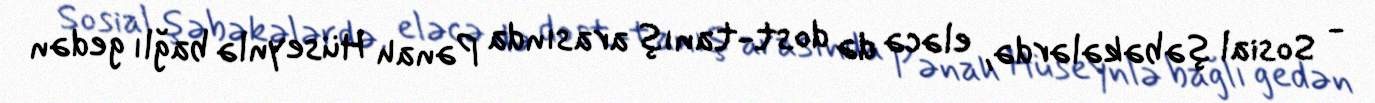
- Sosial şəbəkələrdə, eləcə də dost-tanış arasında Pənah Hüseynlə bağlı gedən